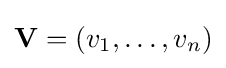
\mathbf {V} =(v_{1},\dots ,v_{n})